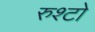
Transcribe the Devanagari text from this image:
रुश्टो